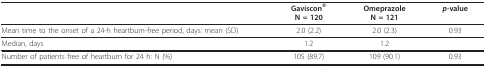
|  | Gaviscon®N = 120 | OmeprazoleN = 121 | p-value |
 | --- | --- | --- | --- |
 | Mean time to the onset of a 24-h heartburn-free period, days: mean (SD) | 2.0 (2.2) | 2.0 (2.3) | 0.93 |
 | Median, days | 1.2 | 1.2 |  |
 | Number of patients free of heartburn for 24 h: N (%) | 105 (89.7) | 109 (90.1) | 0.93 |